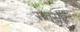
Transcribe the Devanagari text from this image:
सतसईं